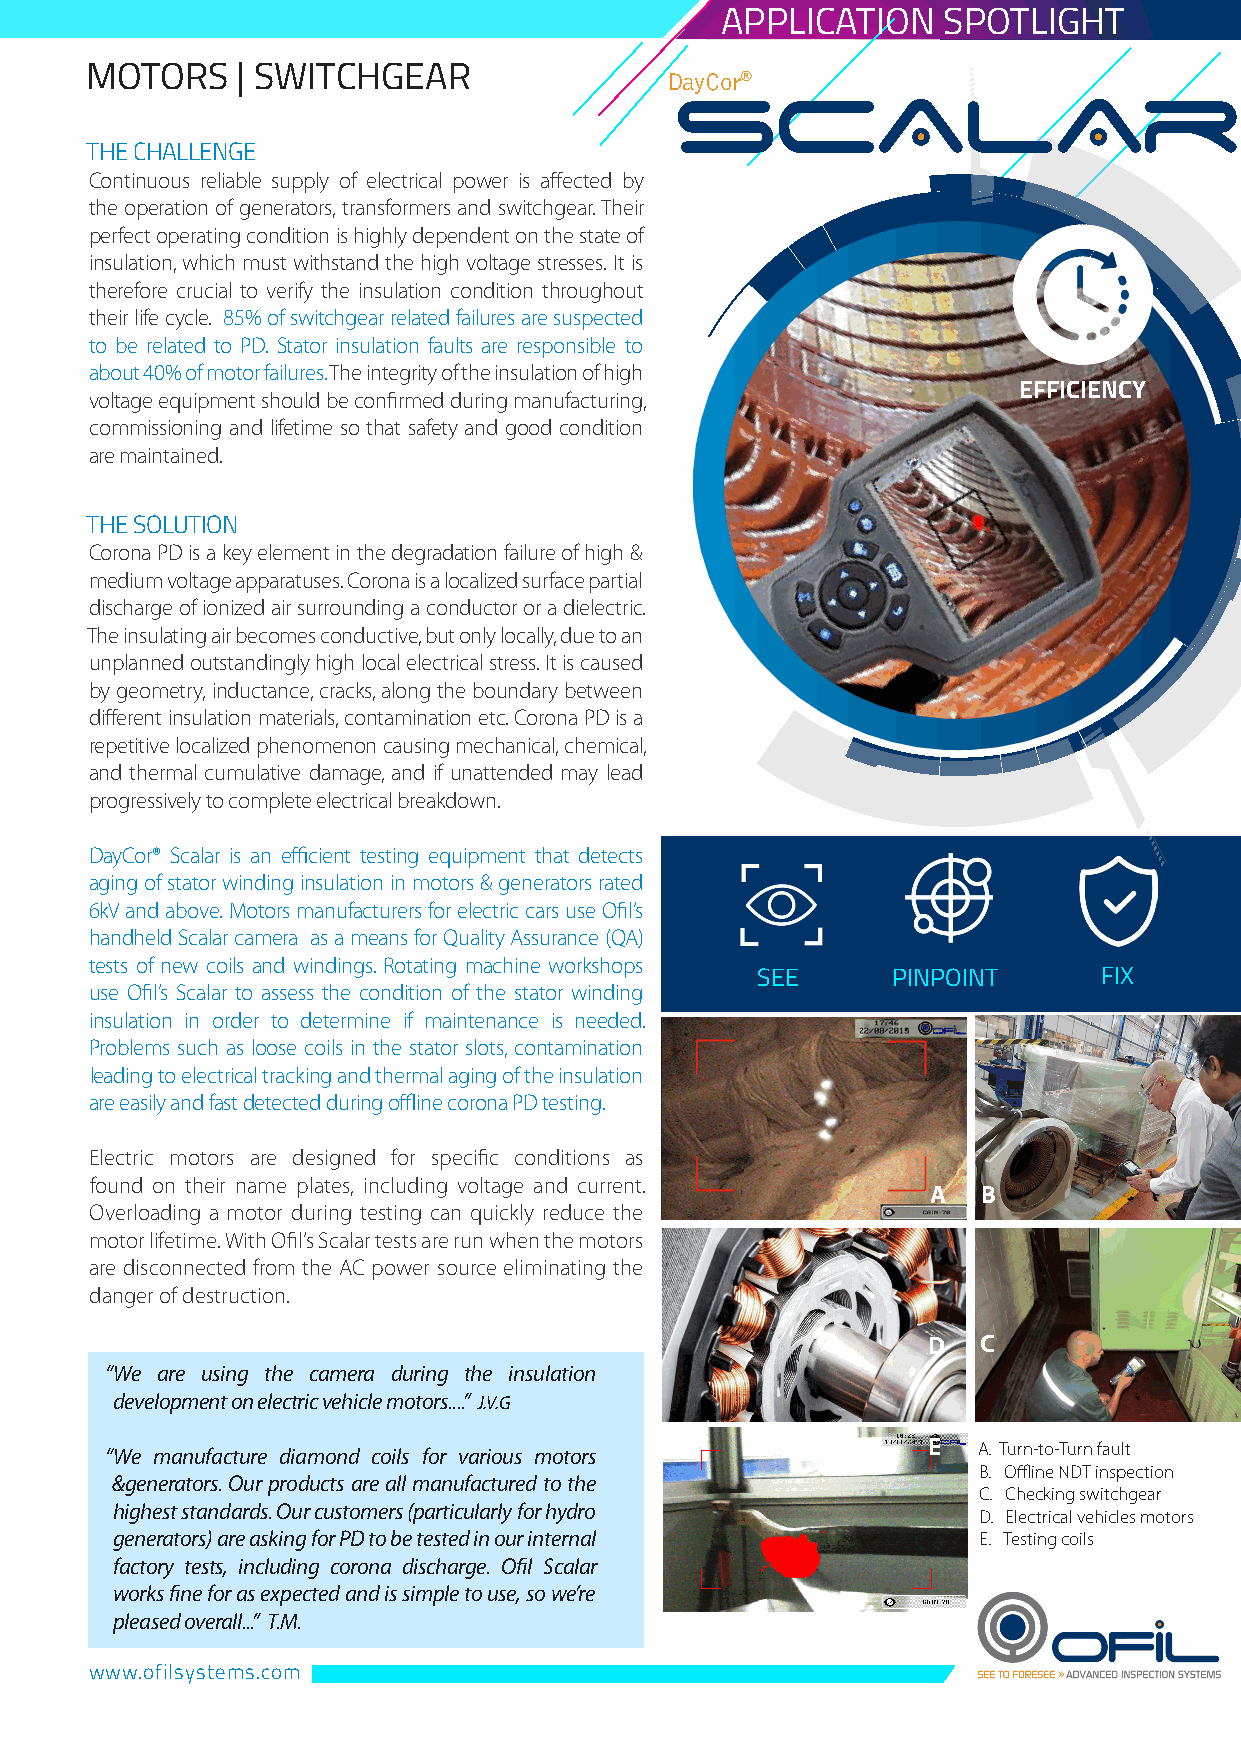
APPLICATION   SPOTLIGHT
 MOTORS    | SWITCHGEAR
 DayCor®
 THE CHALLENGE
 Continuous reliable supply of electrical power is affected by
 the operation of generators, transformers and switchgear. Their
 perfect operating condition is highly dependent on the state of
 insulation, which must withstand the high voltage stresses. It is
 therefore crucial to verify the insulation condition throughout
 their life cycle. 85% of switchgear related failures are suspected
 to be related to PD. Stator insulation faults are responsible to
 about 40% of motor failures. The integrity of the insulation of high
 EFFICIENCY
 voltage equipment should be confirmed during manufacturing,
 commissioning and lifetime so that safety and good condition
 are maintained.
 THE SOLUTION
 Corona PD is a key element in the degradation failure of high &
 medium voltage apparatuses. Corona is a localized surface partial
 discharge of ionized air surrounding a conductor or a dielectric.
 The insulating air becomes conductive, but only locally, due to an
 unplanned outstandingly high local electrical stress. It is caused
 by geometry, inductance, cracks, along the boundary between
 different insulation materials, contamination etc. Corona PD is a
 repetitive localized phenomenon causing mechanical, chemical,
 and thermal cumulative damage, and if unattended may lead
 progressively to complete electrical breakdown.
 DayCor® Scalar is an efficient testing equipment that detects
 aging of stator winding insulation in motors & generators rated
 6kV and above. Motors manufacturers for electric cars use Ofil’s
 handheld Scalar camera as a means for Quality Assurance (QA)
 tests of new coils and windings. Rotating machine workshops
 SEE      PINPOINT      FIX
 use Ofil’s Scalar to assess the condition of the stator winding
 insulation in order to determine if maintenance is needed.
 Problems such as loose coils in the stator slots, contamination
 leading to electrical tracking and thermal aging of the insulation
 are easily and fast detected during offline corona PD testing.
 A
 Electric motors are designed for specific conditions as
 found on their name plates, including voltage and current.
 A  B
 Overloading a motor during testing can quickly reduce the
 motor lifetime. With Ofil’s Scalar tests are run when the motors
 are disconnected from the AC power source eliminating the
 danger of destruction.
 D   C
 “We are using the camera during the insulation
 development on electric vehicle motors....” J.V.G
 “We manufacture diamond coils for various motors      E   A. Turn-to-Turn fault
 B. Offline NDT inspection
 &generators. Our products are all manufactured to the
 C. Checking switchgear
 highest standards. Our customers (particularly for hydro
 D. Electrical vehicles motors
 generators) are asking for PD to be tested in our internal E. Testing coils
 factory tests, including corona discharge. Ofil Scalar
 works fine for as expected and is simple to use, so we’re
 pleased overall...” T.M.
 www.ofilsystems.com